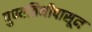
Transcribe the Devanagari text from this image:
पुण्यतिथीपासून